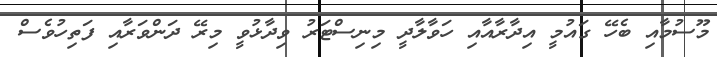
މޫސުމާއި ބެހޭ ގައުމީ އިދާރާއާއި ހަވާލާދީ މިނިސްޓަރު ވިދާޅުވީ މިރޭ ދަންވަރާއި ފަތިހުވެސް